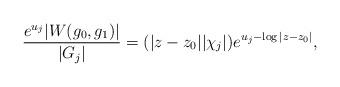
LaTeX: \begin{align*}\dfrac{e^{u_j}|W(g_0,g_1)|}{|G_j|}=(|z-z_0||\chi_j|)e^{u_j-\log|z-z_0|},\end{align*}